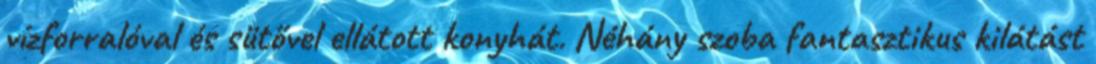
vízforralóval és sütővel ellátott konyhát. Néhány szoba fantasztikus kilátást